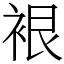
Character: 裉